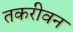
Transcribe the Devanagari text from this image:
तकरीवन